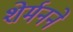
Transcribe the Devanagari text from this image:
शेर्मनने